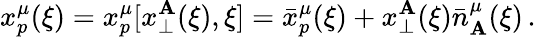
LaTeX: x_{p}^{\mu}(\xi)=x_{p}^{\mu}[x_{\perp}^{\mathbf{A}}(\xi),\xi]=\bar{{x}}_{p}^{\mu}(\xi)+x_{\perp}^{\mathbf{A}}(\xi)\bar{{n}}_{\mathbf{A}}^{\mu}(\xi)\, .